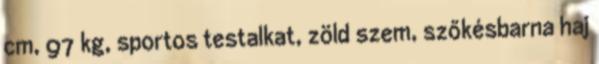
cm, 97 kg, sportos testalkat, zöld szem, szőkésbarna haj